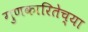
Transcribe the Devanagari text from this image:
गुणकारितेच्या